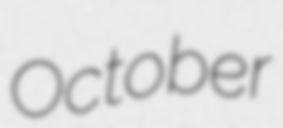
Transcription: October